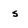
Character: s